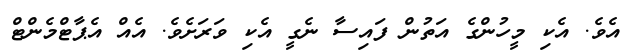
އެވެ. އެކި މީހުންގެ އަތުން ފައިސާ ނެގީ އެކި ވަރަށެވެ. އެއް އެޕާޓްމެންޓް